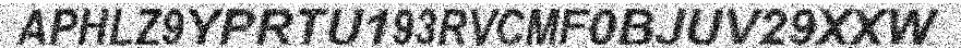
APHLZ9YPRTU193RVCMF0BJUV29XXW